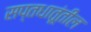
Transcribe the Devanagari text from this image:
सप्तधातूंतील